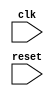
module Timing_Control_Synchronization_AHB_Bus_Controller (
    input wire clk,
    input wire reset,
    // Add input and output ports based on the specific requirements of the design
    
    // Declare internal signals and registers
    
    // Module for generating clock signals
    // Module for managing data transfers and addressing
    // Module for handling interruption requests
    // Module for implementing arbitration mechanisms
    // Implement code for adhering to AHB protocol standards
);

// Implement code for generating clock signals
// Implement code for managing data transfers and addressing
// Implement code for handling interruption requests
// Implement code for implementing arbitration mechanisms
// Implement code for adhering to AHB protocol standards

endmodule